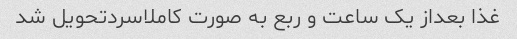
غذا بعداز یک ساعت و ربع به صورت کاملاسردتحویل شد